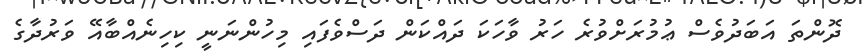
ދޮންތަ އަބަދުވެސް ޢުމުރަށްވުރެ ހަރު ވާހަކަ ދައްކަން ދަސްވެފައި މިހުންނަނީ ކިހިނެއްބާއޭ ވަރުދާގެ